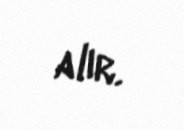
alır.